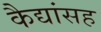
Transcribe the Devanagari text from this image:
कैद्यांसह